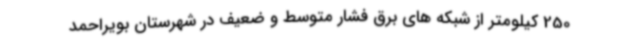
250 کیلومتر از شبکه های برق فشار متوسط و ضعیف در شهرستان بویراحمد